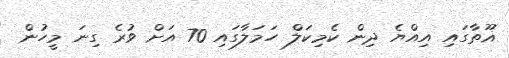
ޣޫތާގައި އިއްޔެ ދިން ކެމިކަލް ހަމަލާގައި 70 އަށް ވުރެ ގިނަ މީހުން